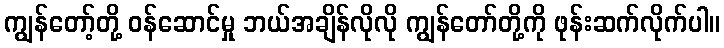
ကျွန်တော့်တို့ ဝန်ဆောင်မှု ဘယ်အချိန်လိုလို ကျွန်တော်တို့ကို ဖုန်းဆက်လိုက်ပါ။